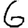
Digit: 6